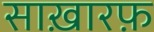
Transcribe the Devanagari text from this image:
साख़ारफ़